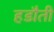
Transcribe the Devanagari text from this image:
हडौती